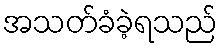
အသတ်ခံခဲ့ရသည်